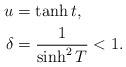
LaTeX: \begin{align*}u &= \tanh{t},\\\delta &=\frac{1}{\sinh^2{T}}<1.\end{align*}